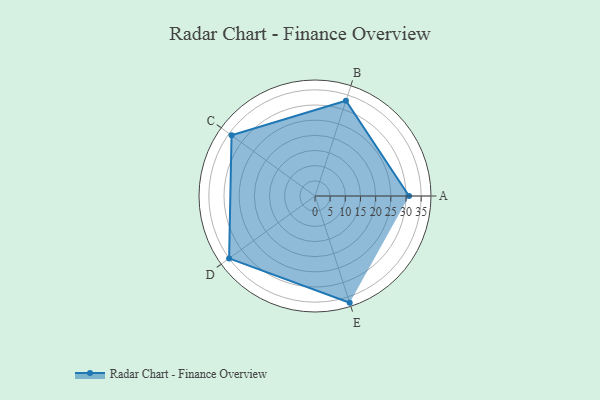
{"axis": {"x": "Skill", "y": "Score"}, "legend": ["Profile"], "data": [{"x": "A", "y": 31.0, "type": "Profile"}, {"x": "B", "y": 33.0, "type": "Profile"}, {"x": "C", "y": 34.0, "type": "Profile"}, {"x": "D", "y": 35.0, "type": "Profile"}, {"x": "E", "y": 37.0, "type": "Profile"}]}